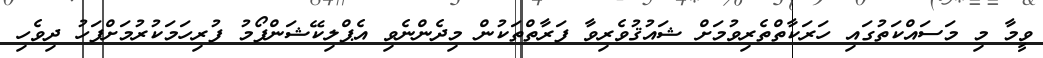
ވީމާ މި މަސައްކަތުގައި ހަރަކާތްތެރިވުމަށް ޝައުޤުވެރިވާ ފަރާތްތަކުން މިދެންނެވި އެޕްލިކޭޝަންފޯމު ފުރިހަމަކުރުމަށްފަހު ދިވެހި